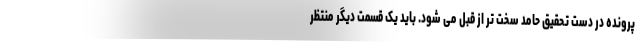
پرونده در دست تحقیق حامد سخت تر از قبل می شود. باید یک قسمت دیگر منتظر